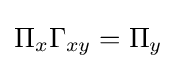
\Pi _{x}\Gamma _{xy}=\Pi _{y}